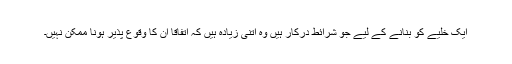
ایک خلیے کو بنانے کے لیے جو شرائط درکار ہیں وہ اتنی زیادہ ہیں کہ اتفاقًا ان کا وقوع پذیر ہونا ممکن نہیں۔